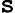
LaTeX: \tt s